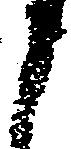
う